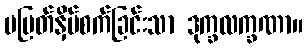
မပြတ်နှိပ်စက်ခြင်းသာ ဒုက္ခလက္ခဏာ။